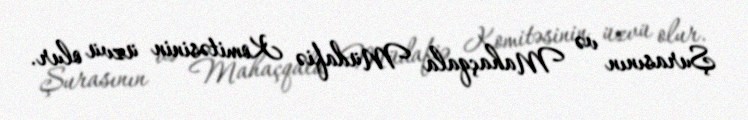
Şurasının və Mahaçqala Müdafiə Komitəsinin üzvü olur.